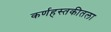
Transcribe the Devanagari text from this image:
कर्णहस्तकीतला